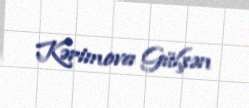
Kərimova Gülşən